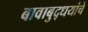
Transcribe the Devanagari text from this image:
बावाबुद्धयांचे